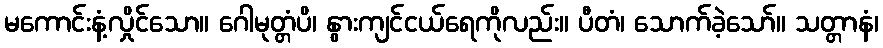
မကောင်းနံ့လှိုင်သော။ ဂေါမုတ္တံပိ၊ နွားကျင်ငယ်ရေကိုလည်း။ ပီတံ၊ သောက်ခဲ့သော်။ သတ္တာနံ၊